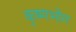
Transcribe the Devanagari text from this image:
कृष्णभोग